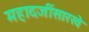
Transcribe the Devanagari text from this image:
महादजींसारखे